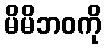
မိမိဘဝကို